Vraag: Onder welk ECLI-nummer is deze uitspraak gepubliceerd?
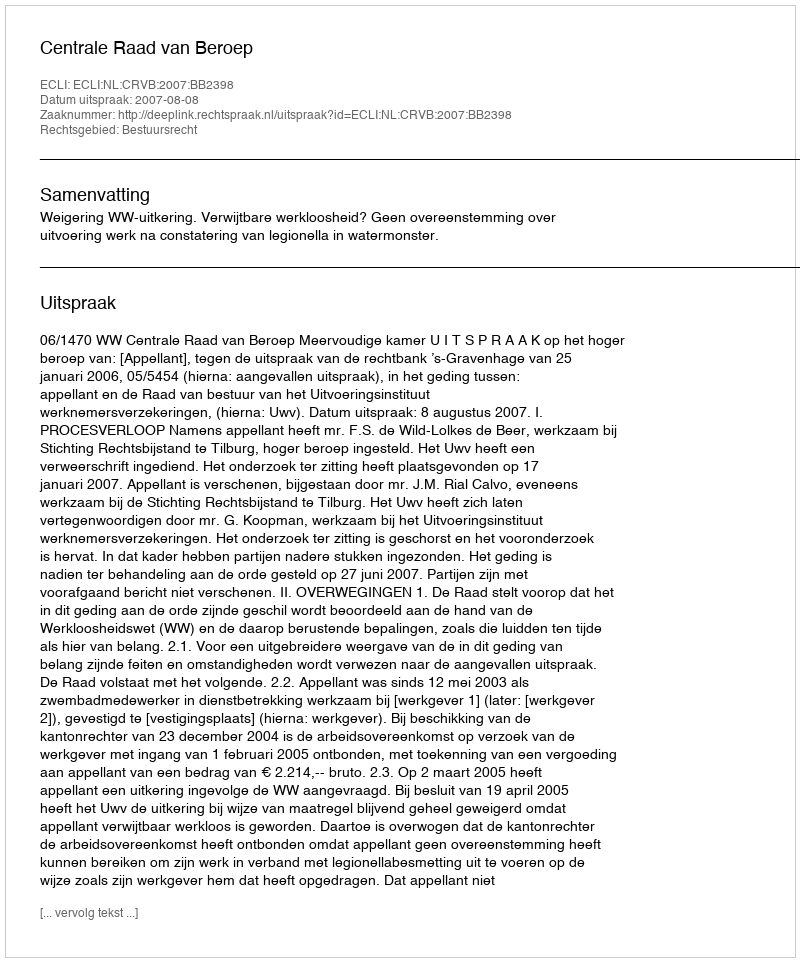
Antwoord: ECLI:NL:CRVB:2007:BB2398